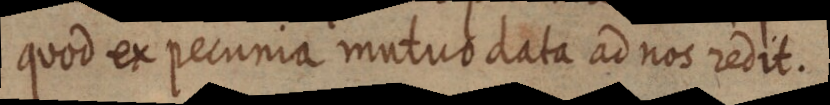
quod ex pecunia mutuo data ad nos redit.